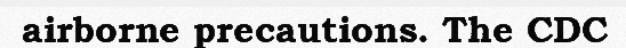
airborne precautions. The CDC